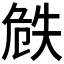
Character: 𠝰